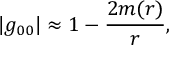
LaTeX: | g _ { 0 0 } | \approx 1 - \frac { 2 m ( r ) } { r } ,